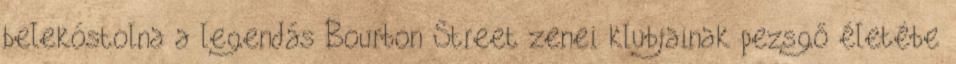
belekóstolna a legendás Bourbon Street zenei klubjainak pezsgő életébe